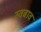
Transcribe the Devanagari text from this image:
स्वबाव